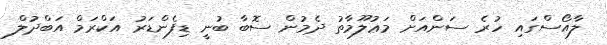
ލާއޯސްގައި ހުރެ ސަންއަށް މަޢުލޫމާތު ދެމުން ސޮބާ ބުނީ ޑިފެންޑަރު އަކްރަމް އަބްދުލް